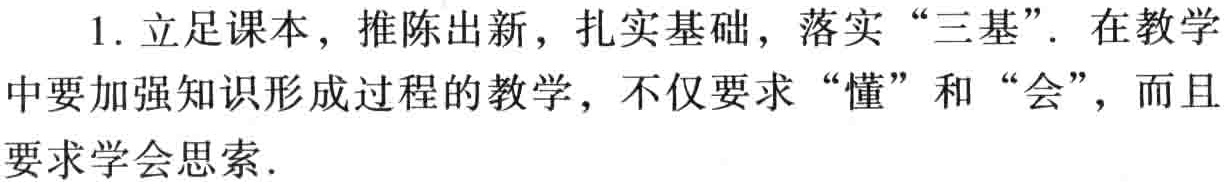
1. 立足课本，推陈出新，扎实基础，落实“三基”. 在教学中要加强知识形成过程的教学，不仅要求“懂”和“会”，而且要求学会思索.